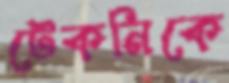
টেকনিকে